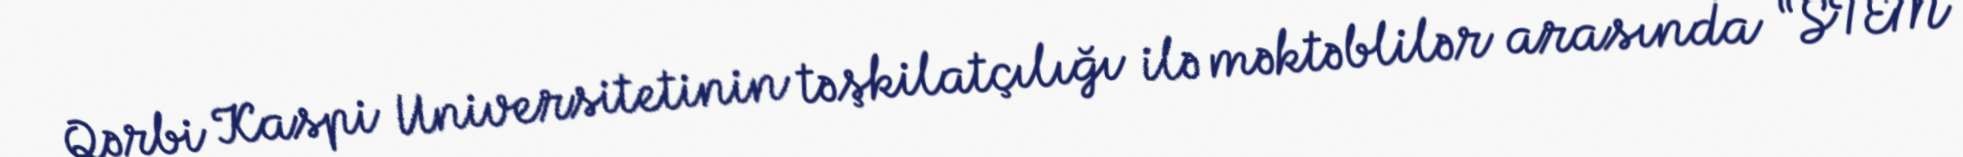
Qərbi Kaspi Universitetinin təşkilatçılığı ilə məktəblilər arasında “STEM